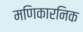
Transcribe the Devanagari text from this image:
मणिकारनिक